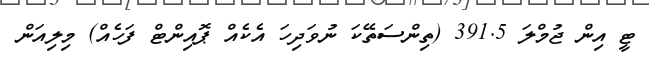
ޓީ އިން ޖުމްލަ 391.5 (ތިންސަތޭކަ ނުވަދިހަ އެކެއް ޕޮއިންޓް ފަހެއް) މިލިއަން